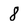
Character: 8